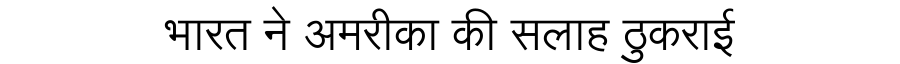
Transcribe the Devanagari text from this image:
भारत ने अमरीका की सलाह ठुकराई